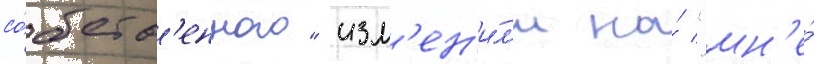
со́бств'енного" изм'ен'и́л'и на́ "мн'е́